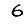
Digit: 6